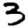
Digit: 3